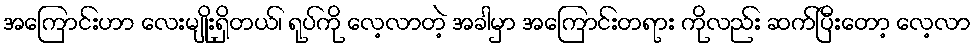
အကြောင်းဟာ လေးမျိုးရှိတယ်၊ ရုပ်ကို လေ့လာတဲ့ အခါမှာ အကြောင်းတရား ကိုလည်း ဆက်ပြီးတော့ လေ့လာ